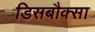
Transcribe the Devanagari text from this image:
डिसबौक्सा